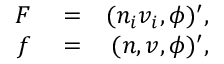
\begin{array} { r l r } { F } & { { } = } & { ( n _ { i } v _ { i } , \phi ) ^ { \prime } , } \\ { f } & { { } = } & { ( n , v , \phi ) ^ { \prime } , } \end{array}